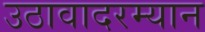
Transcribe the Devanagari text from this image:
उठावादरम्यान